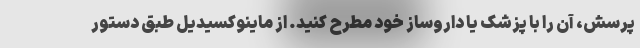
پرسش، آن را با پزشک یا داروساز خود مطرح کنید. از ماینوکسیدیل طبق دستور